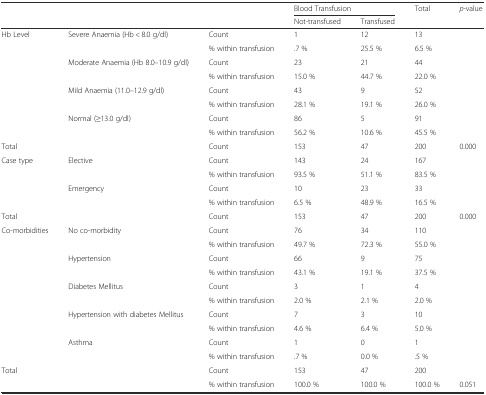
| <ROWSPAN=2-COLSPAN=3>  | <COLSPAN=2> Blood Transfusion | <ROWSPAN=2> Total | <ROWSPAN=2> p-value |
 | Not-transfused | Transfused |
 | --- | --- | --- | --- | --- | --- | --- |
 | <ROWSPAN=8> Hb Level | <ROWSPAN=2> Severe Anaemia (Hb < 8.0 g/dl) | Count | 1 | 12 | 13 |  |
 | % within transfusion | .7 % | 25.5 % | 6.5 % |  |
 | <ROWSPAN=2> Moderate Anaemia (Hb 8.0–10.9 g/dl) | Count | 23 | 21 | 44 |  |
 | % within transfusion | 15.0 % | 44.7 % | 22.0 % |  |
 | <ROWSPAN=2> Mild Anaemia (11.0–12.9 g/dl) | Count | 43 | 9 | 52 |  |
 | % within transfusion | 28.1 % | 19.1 % | 26.0 % |  |
 | <ROWSPAN=2> Normal (≥13.0 g/dl) | Count | 86 | 5 | 91 |  |
 | % within transfusion | 56.2 % | 10.6 % | 45.5 % |  |
 | <COLSPAN=2> Total | Count | 153 | 47 | 200 | 0.000 |
 | <ROWSPAN=4> Case type | <ROWSPAN=2> Elective | Count | 143 | 24 | 167 |  |
 | % within transfusion | 93.5 % | 51.1 % | 83.5 % |  |
 | <ROWSPAN=2> Emergency | Count | 10 | 23 | 33 |  |
 | % within transfusion | 6.5 % | 48.9 % | 16.5 % |  |
 | <COLSPAN=2> Total | Count | 153 | 47 | 200 | 0.000 |
 | <ROWSPAN=10> Co-morbidities | <ROWSPAN=2> No co-morbidity | Count | 76 | 34 | 110 |  |
 | % within transfusion | 49.7 % | 72.3 % | 55.0 % |  |
 | <ROWSPAN=2> Hypertension | Count | 66 | 9 | 75 |  |
 | % within transfusion | 43.1 % | 19.1 % | 37.5 % |  |
 | <ROWSPAN=2> Diabetes Mellitus | Count | 3 | 1 | 4 |  |
 | % within transfusion | 2.0 % | 2.1 % | 2.0 % |  |
 | <ROWSPAN=2> Hypertension with diabetes Mellitus | Count | 7 | 3 | 10 |  |
 | % within transfusion | 4.6 % | 6.4 % | 5.0 % |  |
 | <ROWSPAN=2> Asthma | Count | 1 | 0 | 1 |  |
 | % within transfusion | .7 % | 0.0 % | .5 % |  |
 | <ROWSPAN=2-COLSPAN=2> Total | Count | 153 | 47 | 200 |  |
 | % within transfusion | 100.0 % | 100.0 % | 100.0 % | 0.051 |